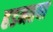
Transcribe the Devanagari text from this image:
हडमतया